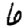
Digit: 6